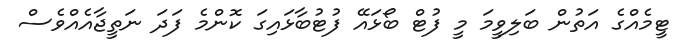
ޓީމެއްގެ އަތުން ބަލިވީމަ މީ ފުޓް ބޯޅައޭ ފުޓުބާޅައިގަ ކޮންމެ ފަދަ ނަތީޖާއެއްވެސް